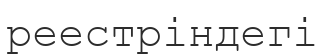
реестріндегі